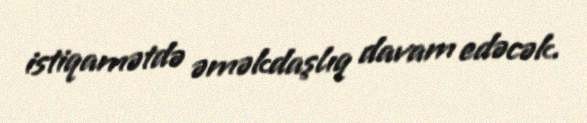
istiqamətdə əməkdaşlıq davam edəcək.